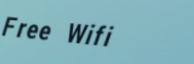
Free Wifi